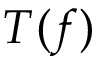
T ( f )